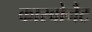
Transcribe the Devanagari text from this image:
कारबोनैट